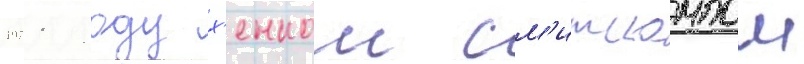
1971 году х'енком см'итскампом